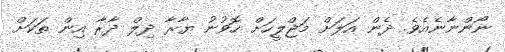
ނޯންނާނެއެވެ. ދެން އަލަށް މަޖްލީހަށް ހޮވުނު ޔާރާ ދިލް ދާރާ އިން ތަކަށް